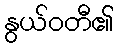
နွယ်ဝတီ၏